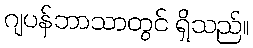
ဂျပန်ဘာသာတွင် ရှိသည်။